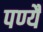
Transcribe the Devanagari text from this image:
पण्यै